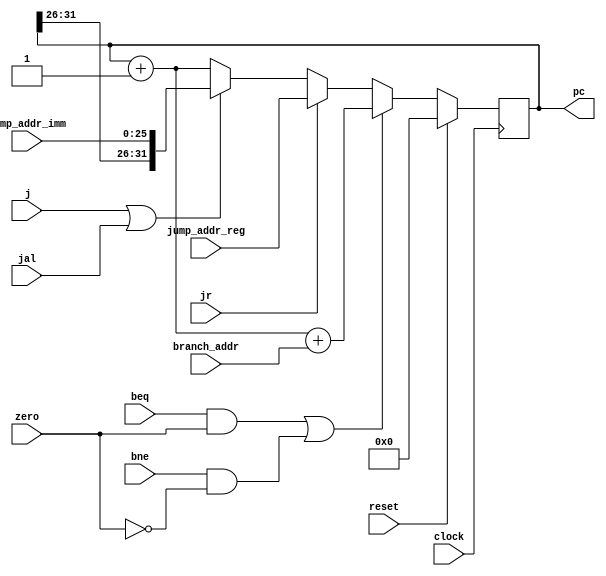
module program_counter(
	output reg [31:0] pc,
	input beq,
	input bne,
	input zero,
	input j,
	input jr,
	input jal,
	input [31:0] branch_addr,	
	input [31:0] jump_addr_reg, 
	input [25:0] jump_addr_imm, 
	input clock,
	input reset);

	reg [31:0] pc_next = 32'h0;

	always @ (posedge clock) begin
		pc <= reset ? 32'h0 : pc_next;
	end 

	always @ (*) begin
		if ((beq & zero) | (bne & ~zero))
			pc_next = pc + 32'b1 + branch_addr;
		else if (jr)
			pc_next = jump_addr_reg; 
		else if (j | jal)
			pc_next = {pc[31:26], jump_addr_imm}; 
		else 
			pc_next = pc + 32'h1;
	end


endmodule